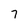
Character: 7